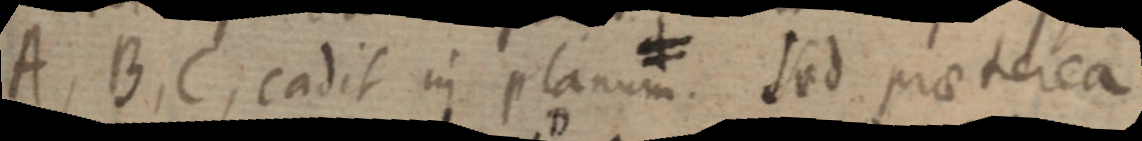
A, B, C, cadit in planum. Sed praeteica